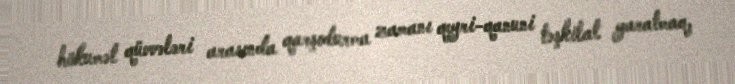
hökumət qüvvələri arasında qarşıdurma zamanı qeyri-qanuni təşkilat yaratmaq,